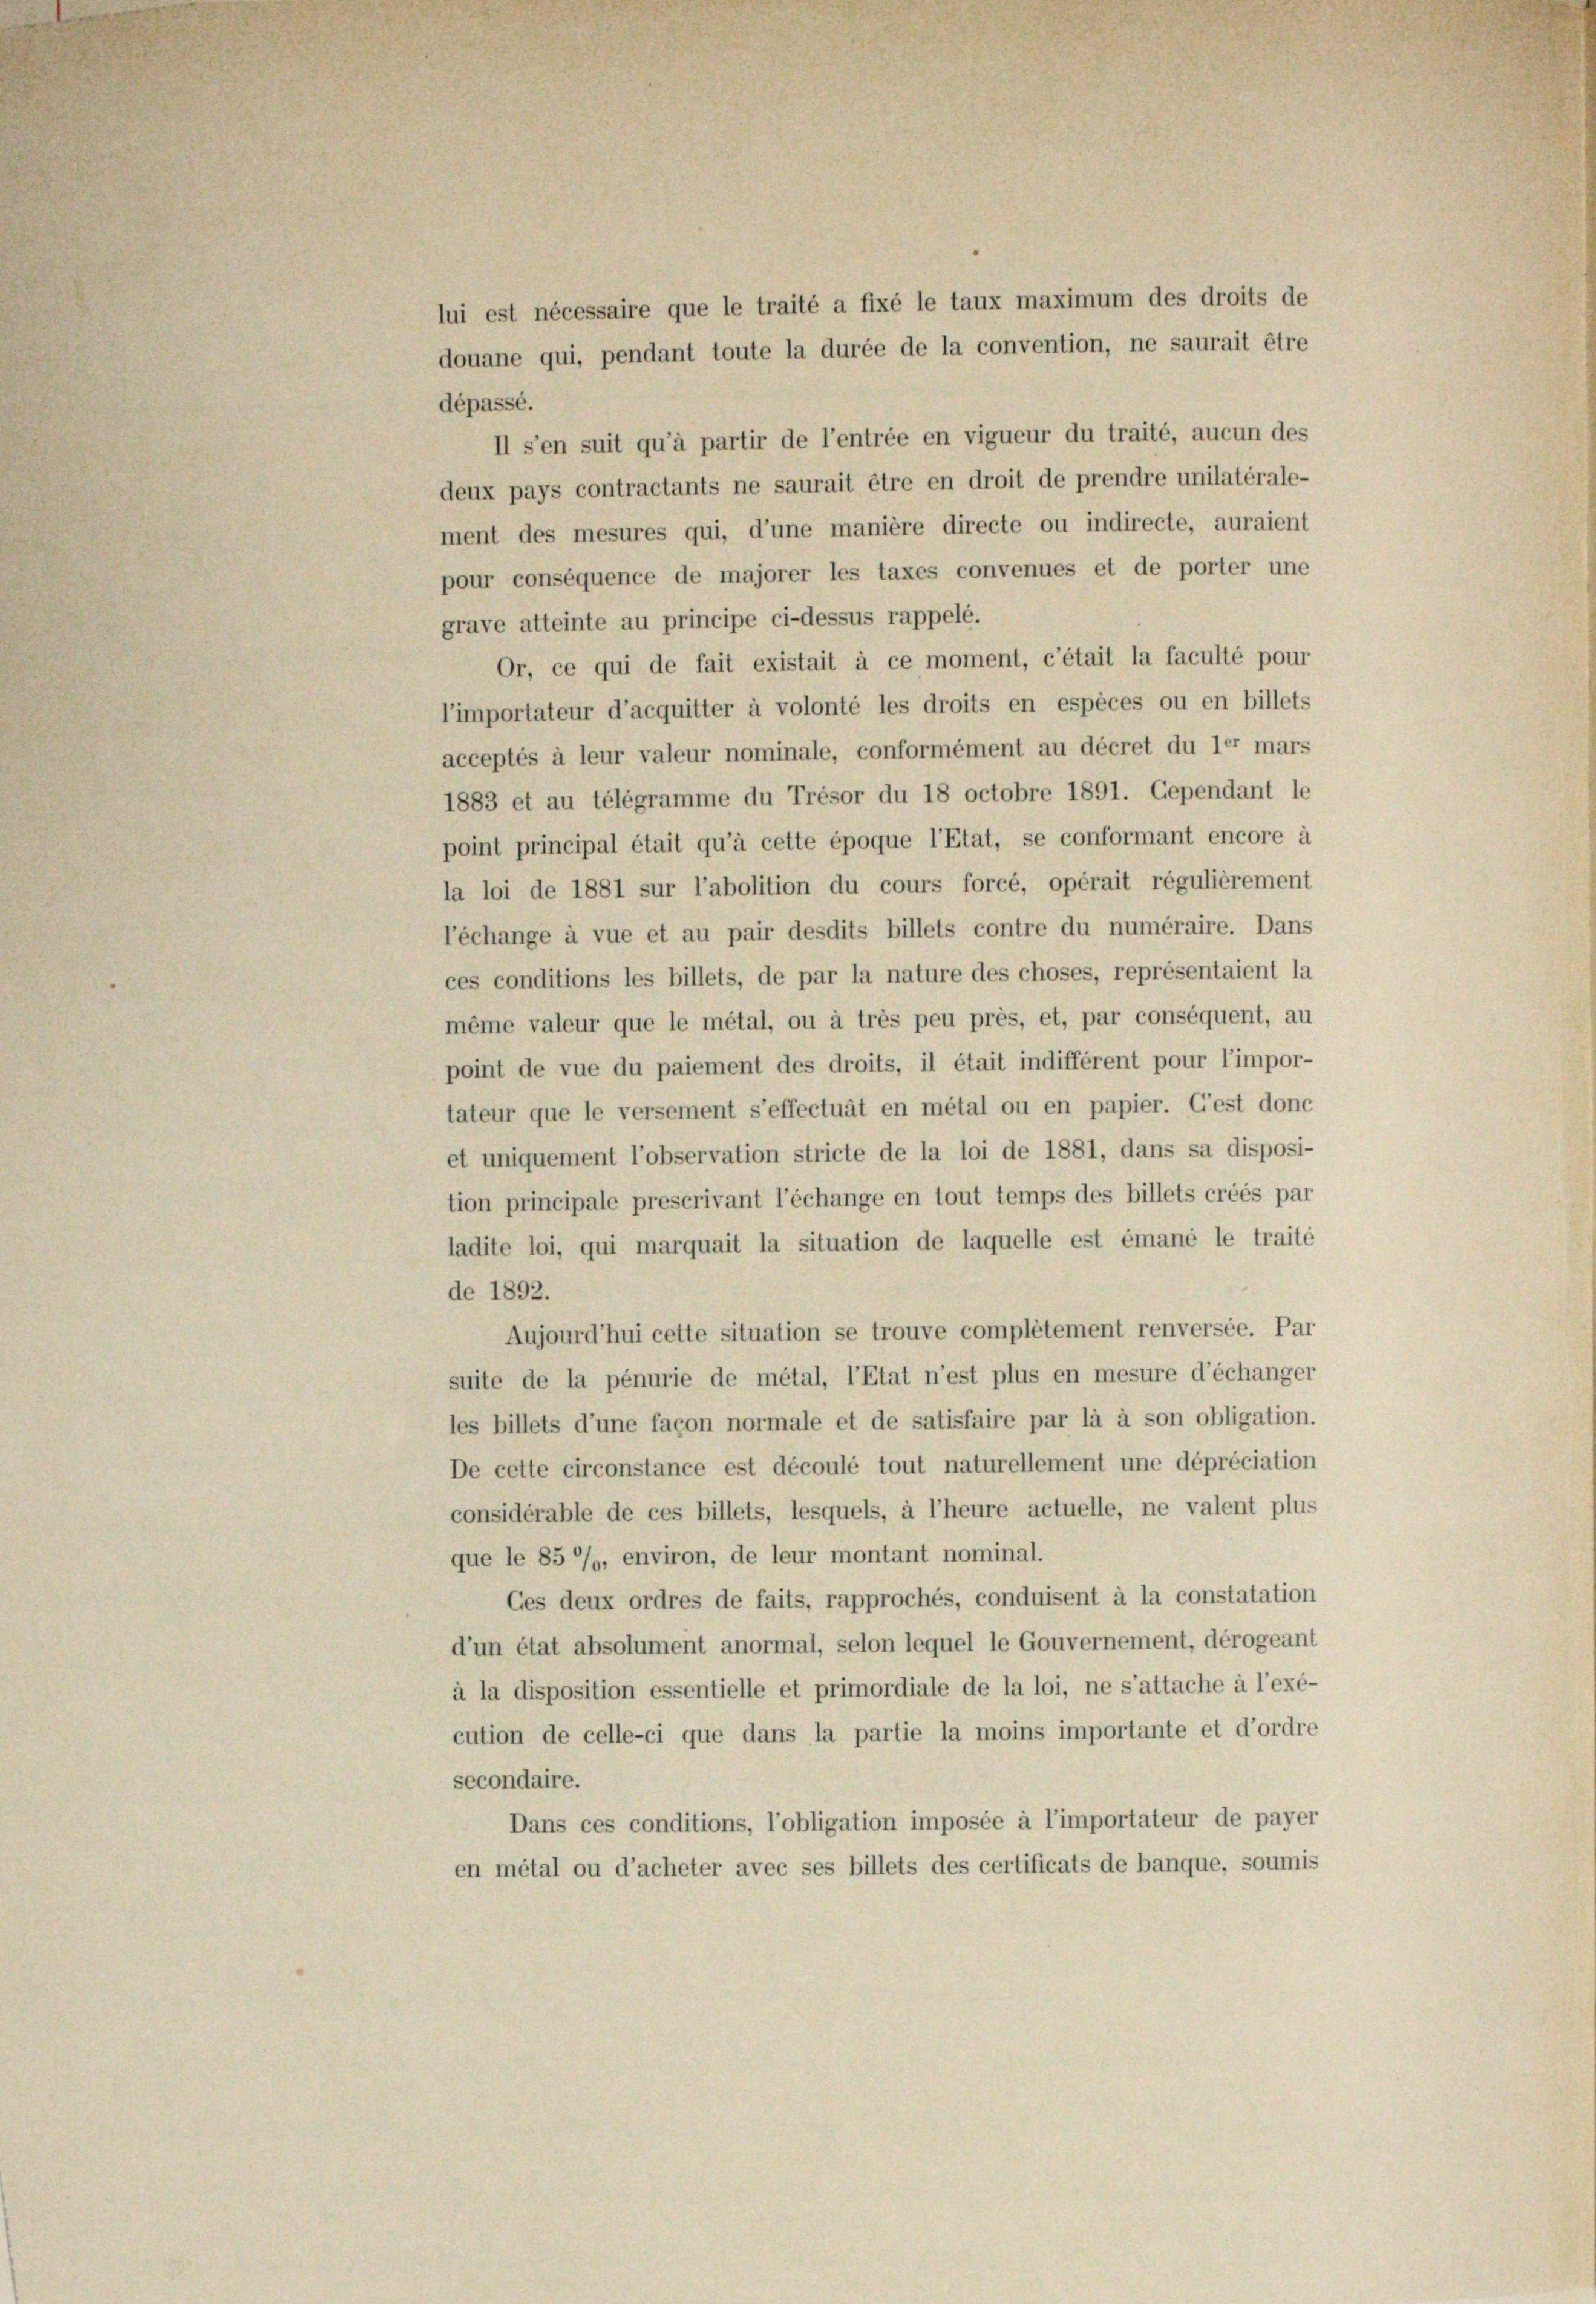
lui est nécessaire que le traité a fixé le taux maximum des droits de
douane qui, pendant toute la durée de la convention, ne saurait être
dépassé.
II s’en suit qu’à partir de l’entrée en vigueur du traité, aucun des
deux pays contractants ne saurait être en droit de prendre unilatérale-
ment des mesures qui, d’une manière directe ou indirecte, auraient
pour conséquence de majorer les taxes convenues et de porter une
grave atteinte au principe ci-dessus rappelé.
Or, ce qui de fait existait à ce moment, c’était la faculté pour
l’importateur d’acquitter à volonté les droits en espèces ou en billets
acceptés à leur valeur nominale, conformément au décret du ler mars
1883 et au telegramme du Trésor du 18 octobre 1891. Cependant le
point principal était qu’à cette époque l’Etat, se conformant encore à
la loi de 1881 sur l’abolition du cours forcé, opérait régulièrement
l’échange à vue et au pair desdits billets contre du numéraire. Dans
ces conditions les billets, de par la nature des choses, représentaient la
même valeur que le métal, ou à très peu prés, et, par conséquent, au
point de vue du paiement des droits, il était indifférent pour l’impor-
tateur que le versement s’effectuät en métal ou en papier. C’est donc
et uniquement l’observation stricte de la loi de 1881, dans sa disposi-
tion principale prescrivant l’échange en tout temps des billets créés par
ladite loi, qui marquait la situation de laquelle est émané le traité
de 1892.
Aujourd’hui cette situation se trouve complétement renversée. Par
suite de la pénurie de métal, l’Etat n’est plus en mesure d’échanger
les billets d’une façon normale et de satisfaire par là à son obligation.
De cette circonstance est découlé tout naturellement une dépréciation
considérable de ces billets, lesquels, à l’heure actuelle, ne valent plus
que le 85 %, environ, de leur montant nominal.
Ces deux ordres de faits, rapprochés, conduisent à la constatation
d’un état absolument anormal, selon lequel le Gouvernement, dérogeant
à la disposition essentielle et primordiale de la loi, ne s’attache à l’exé-
cution de celle-ci que dans la partie la moins importante et d’ordre
secondaire.
Dans ces conditions, l’obligation imposée à l’importateur de payer
en métal ou d’acheter avec ses billets des certificats de banque, soumis